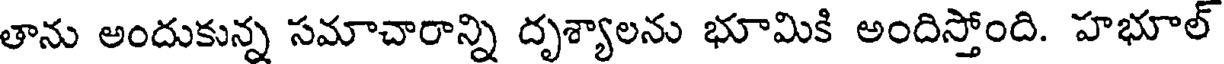
తాను అందుకున్న సమాచారాన్ని దృశ్యాలను భూమికి అందిస్తోంది. హభూల్